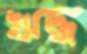
ঋদ্ধ